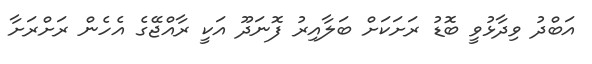
އަބްދު ވިދާޅުވީ ބޮޑު ރަށަކަށް ބަލާއިރު ފޮނަދޫ އަކީ ރާއްޖޭގެ އެހެން ރަށްރަށާ